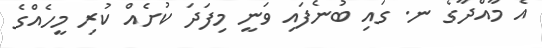
އެ މާއްދާގެ ނ. ގައި ބުނެފައި ވަނީ މިފަދަ ކުށެއް ކުރި މީހެއްގެ